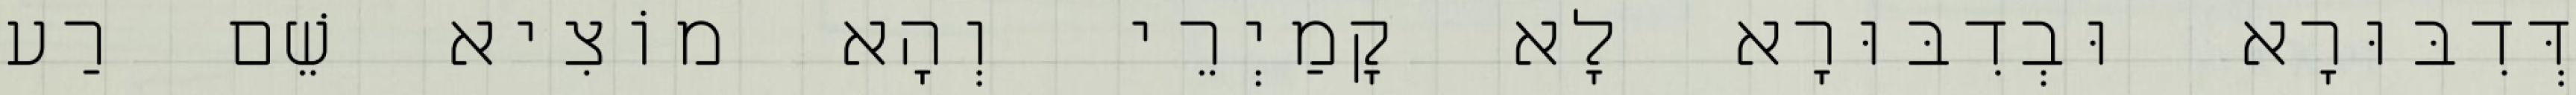
דְּדִבּוּרָא וּבְדִבּוּרָא לָא קָמַיְרֵי וְהָא מוֹצִיא שֵׁם רַע